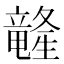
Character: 𲎭